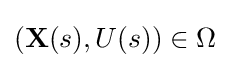
(\mathbf {X} (s),U(s))\in \Omega